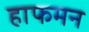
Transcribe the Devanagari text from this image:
हाफमन